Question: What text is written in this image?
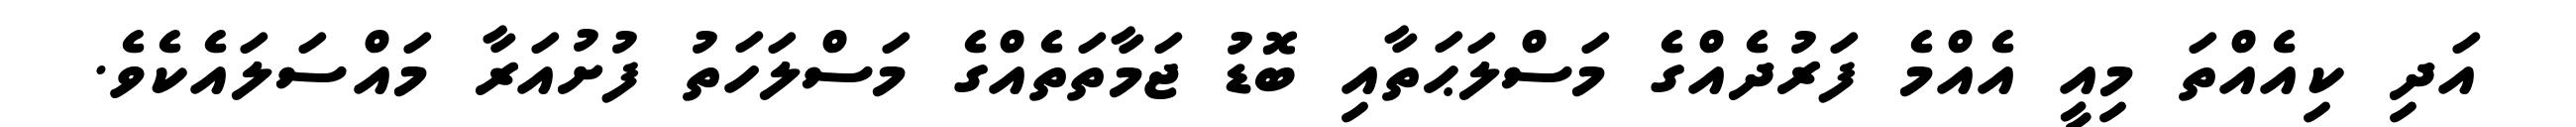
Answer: އަދި ކިއެއްތަ މިއީ އެއްމެ ފަރުދެއްގެ މަސްލަޙަތާއި ބޮޑު ޖަމާތަތެއްގެ މަސްލަހަތު ފުށުއަރާ މައްސަލައެކެވެ.